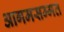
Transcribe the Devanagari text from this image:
आगमसम्मत